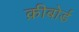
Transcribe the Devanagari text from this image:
क़ीबोर्ड